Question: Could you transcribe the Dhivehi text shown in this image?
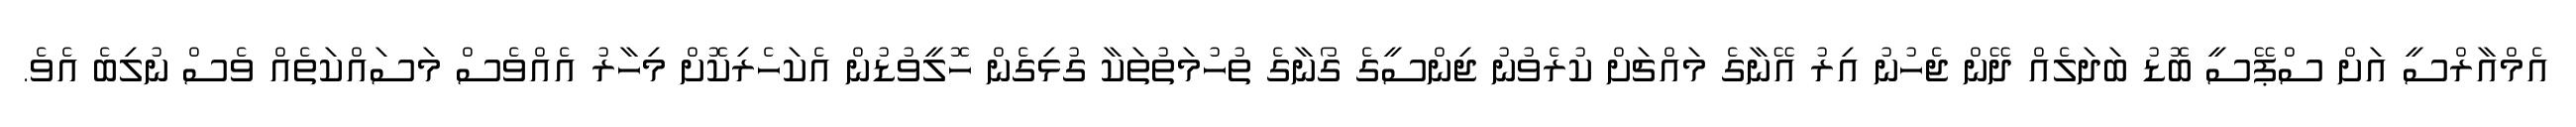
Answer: އެމްއާރްސީ އަށް ސްޕޭސީ ބޮޑު ބަދަލެއް ދޭން ޖެހުނު އިރު އޭނާގެ މައްޗަށް ކުރެވުނު ޖިންސީގެ ގޯނާގެ ތުހުމަތުތަކާ ގުޅިގެން ހޮލީވުޑުން އެކަހެރިކޮށް މިހާރު އެއްވެސް މަސައްކަތެއް ވެސް ނުލިބެ އެވެ.